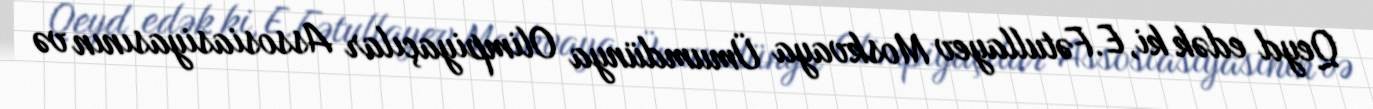
Qeyd edək ki, E.Fətullayev Moskvaya Ümumdünya Olimpiyaçılar Assosiasiyasının və